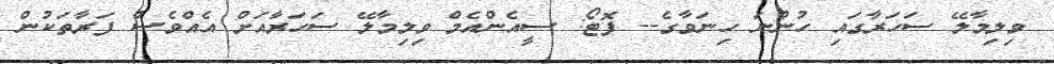
ވިލިމާލޭ ސަހަރާގައި ހުންނަ ހިނަވާގެ-- ފޮޓޯ: ސީއެންއެމް ވިލިމާލޭ ސަހަރާއަށް އެއްވެސް ފަރާތަކުން